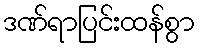
ဒဏ်ရာပြင်းထန်စွာ